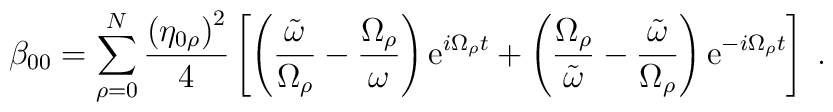
\beta_{00}=\sum_{\rho=0}^N\frac{\left(\eta_{0\rho}\right)^2}{4}\left[\left(\frac{\tilde{\omega}}{\Omega_\rho}-\frac{\Omega_\rho}{\omega}\right){\rm e}^{i\Omega_\rho t}+\left(\frac{\Omega_\rho}{\tilde{\omega}}-\frac{\tilde{\omega}}{\Omega_\rho}\right){\rm e}^{-i\Omega_\rho t}\right]\;.